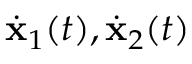
\dot { { \mathbf x } } _ { 1 } ( t ) , \dot { { \mathbf x } } _ { 2 } ( t )